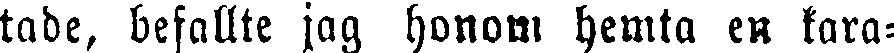
tade, befallte jag honom hemta en kara-